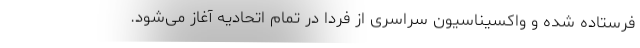
فرستاده شده و واکسیناسیون سراسری از فردا در تمام اتحادیه آغاز می‌شود.